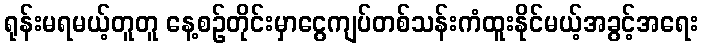
ရုန်းမရမယ့်တူတူ နေ့စဉ်တိုင်းမှာငွေကျပ်တစ်သန်းကံထူးနိုင်မယ့်အခွင့်အရေး